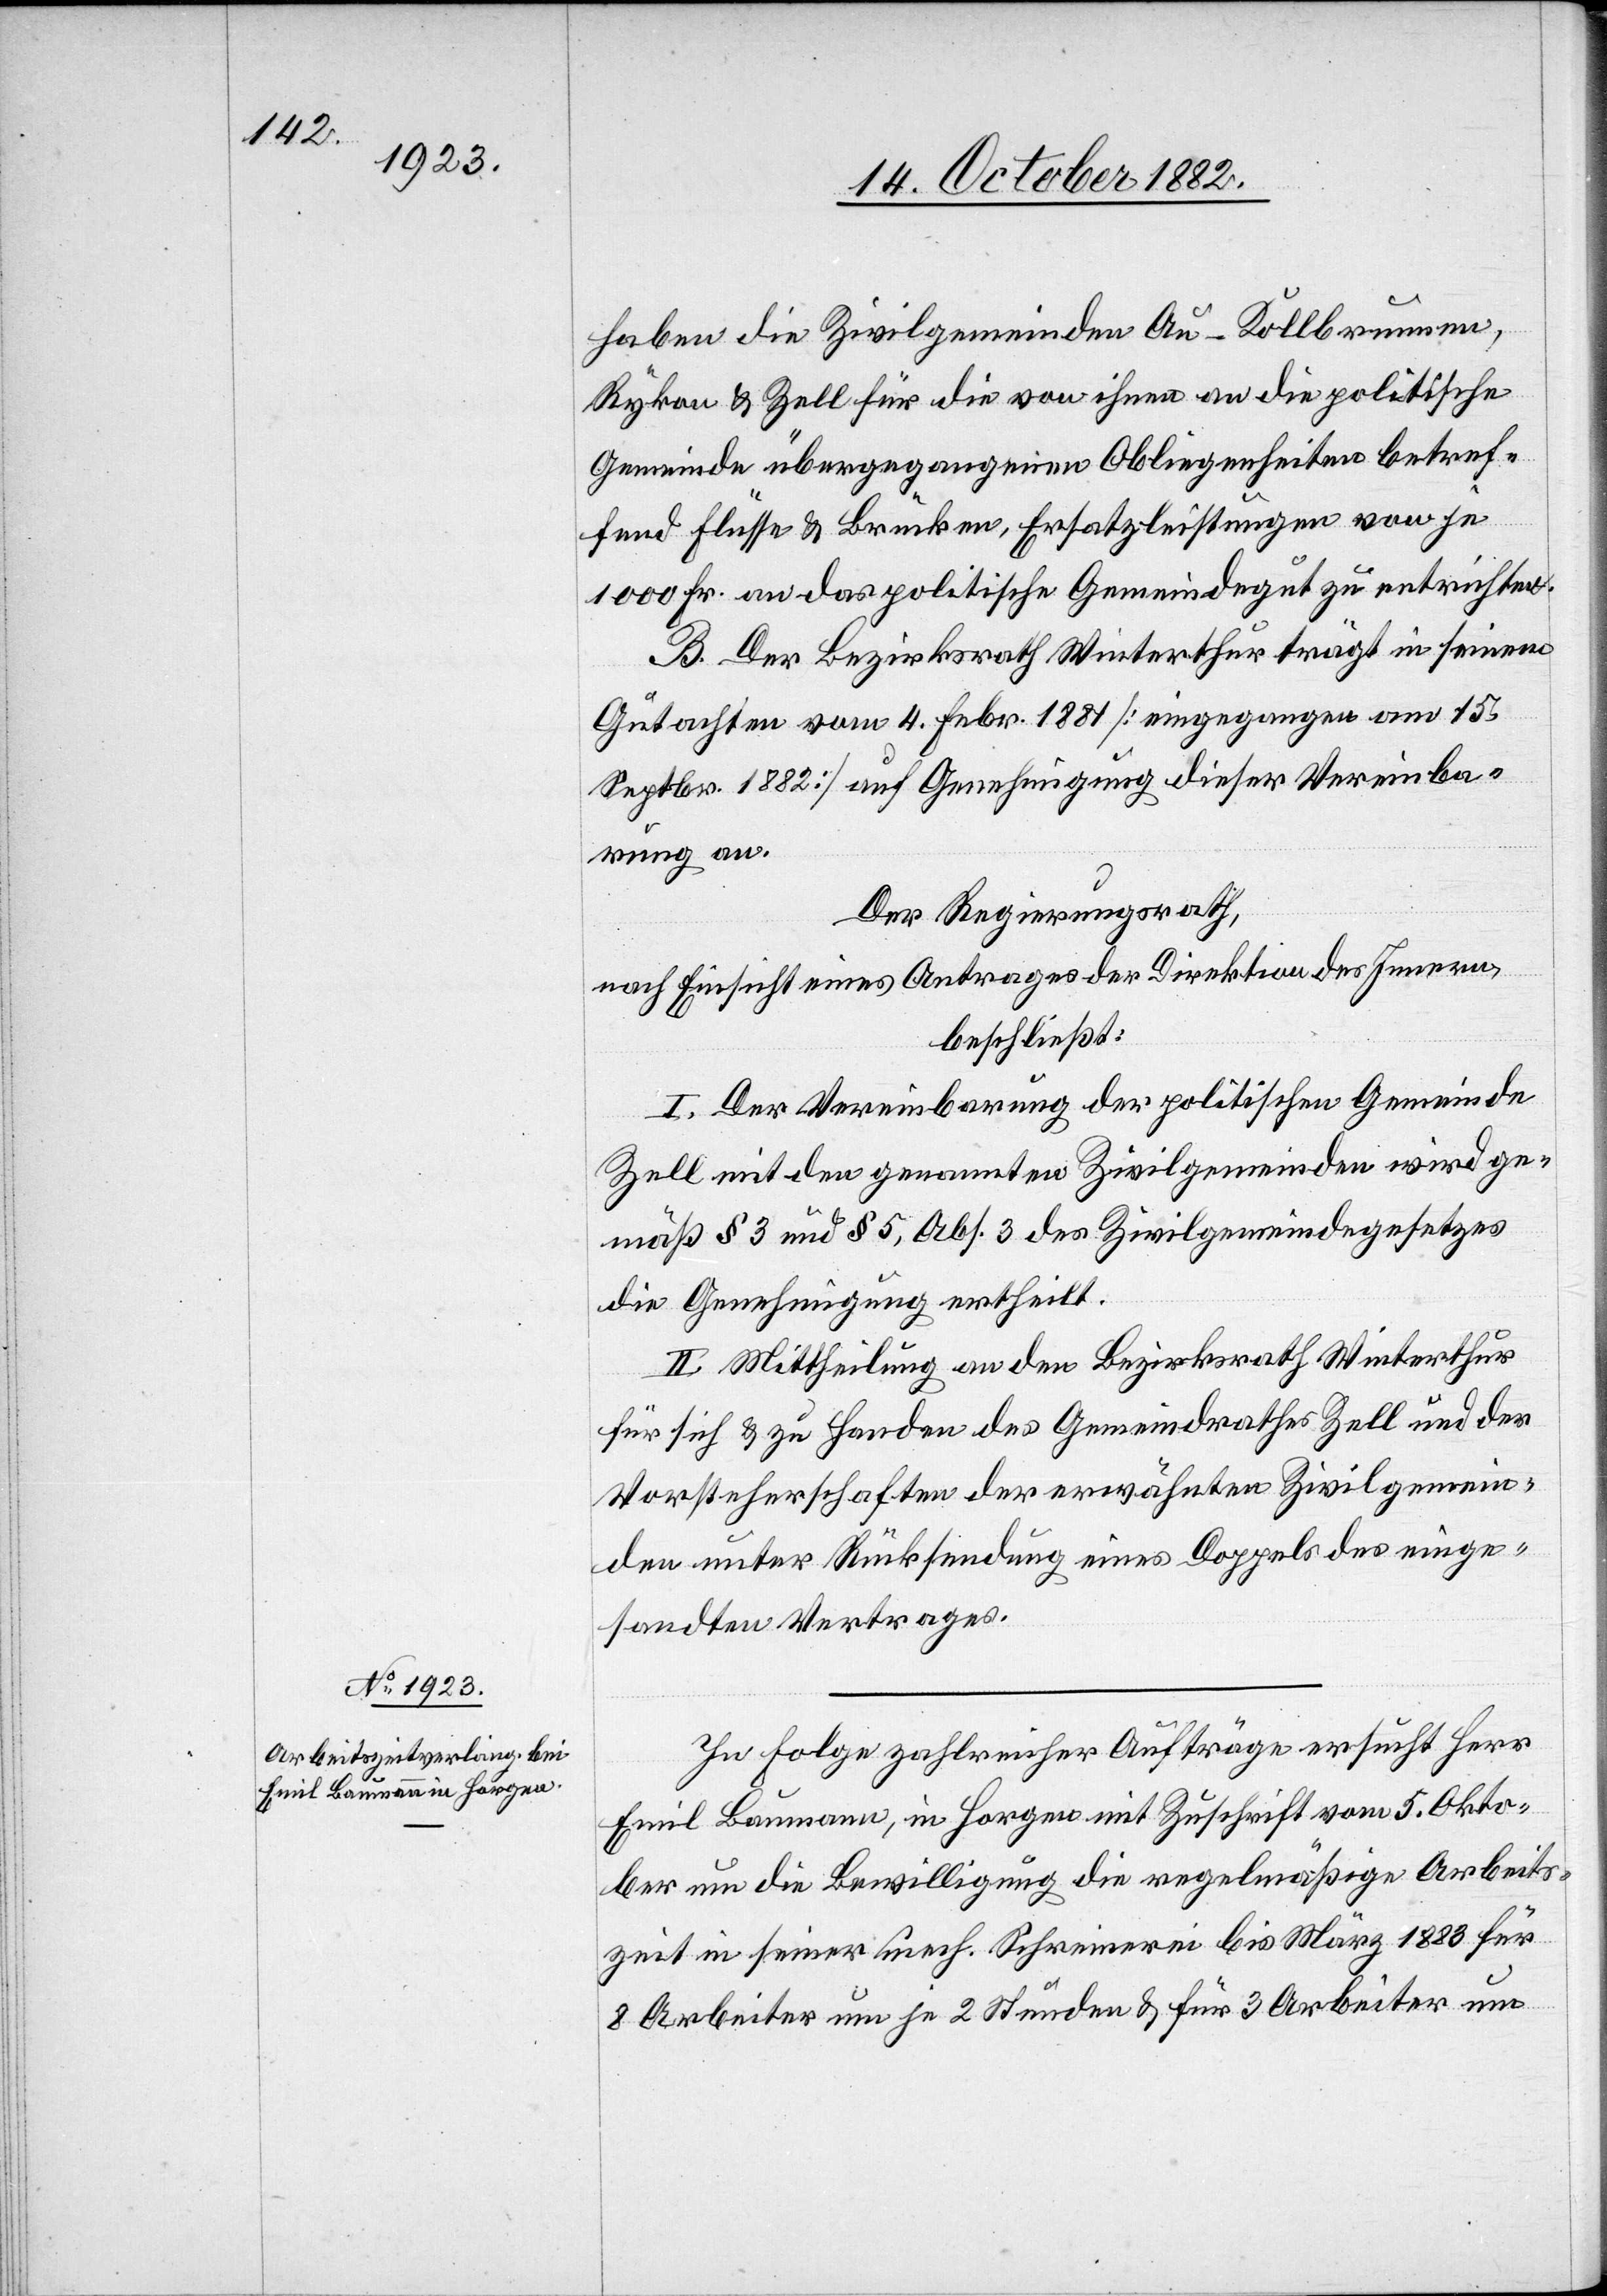
haben die Zivilgemeinden Au - Kollbrunnen,
Rykon & Zell für die von ihnen an die politische
Gemeinde übergegangenen Obliegenheiten von je
1000 Fr. an das politische Gemeindegut zu entrichten.
B. Der Bezirksrath Winterthur trägt in seinem
Gutachten vom 4. Febr. 1881 [eingegangen am 15.
Septbr. 1882] auf Genehmigung dieser Vereinba¬
rung an.
Der Regierungsrath,
nach Einsicht eines Antrages der Direktion des Innern,
beschließt:
I. Der Vereinbarung der Gemeinde Zell mit den
gemäß § 3 & § 5, Abs. 3 des Zivilgemeindegesetzes
die Genehmigung ertheilt.
II. Mittheilung an den Bezirksrath Winterthur
für sich & zu Handen des Gemeindrathes Zell und der
Vorsteherschaften der erwähnten Zivilgemein¬
den unter Rücksendung eines Doppels des einge¬
sandten Vertrages.
In Folge zahlreicher Aufträge ersucht Herr
Emil Baumann, in Horgen mit Zuschrift vom 5. Okto¬
ber um die Bewilligung die regelmäßige Arbeits¬
zeit in seiner mech. Schreinerei bis März 1883 für
8 Arbeiter um je 2 Stunden & für 3 Arbeiter um